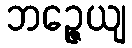
ဘဉ္ဇေယျ